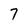
Character: 7